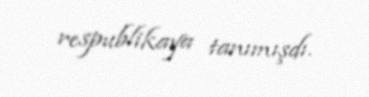
respublikaya tanımışdı.